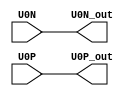
module CDCE62005 (input U0N,input U0P,output U0P_out,output U0N_out);
// pin   U0N is      MGTREFCLK1N_115 bank 115 bus_bmb7_U19[1]         K5
// pin   U0P is      MGTREFCLK1P_115 bank 115 bus_bmb7_U19[0]         K6
//assign U0N=0;
//assign U0P=0;
assign U0P_out=U0P;
assign U0N_out=U0N;
endmodule